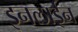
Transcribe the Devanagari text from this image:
इनलाईन